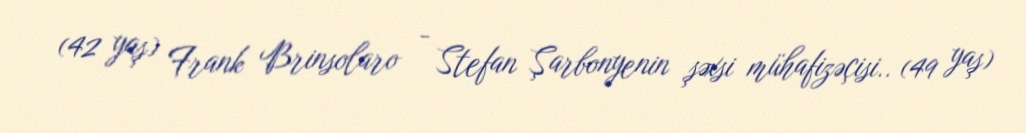
(42 yaş) Frank Brinsolaro - Stefan Şarbonyenin şəxsi mühafizəçisi.. (49 yaş)